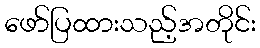
ဖော်ပြထားသည့်အတိုင်း